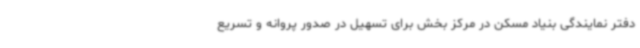
دفتر نمایندگی بنیاد مسکن در مرکز بخش برای تسهیل در صدور پروانه و تسریع